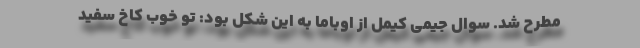
مطرح شد. سوال جیمی کیمل از اوباما به این شکل بود: تو خوب کاخ سفید